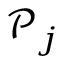
\mathcal { P } _ { j }